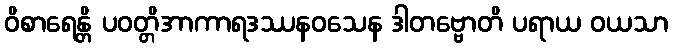
ဝိစာရေန္တိ ပဝတ္တိအာကာရဒဿနဝသေန ဒါတဗ္ဗောတိ ပရာယ ဝယသာ